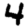
Digit: 4